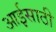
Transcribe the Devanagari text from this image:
आईसाठी